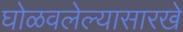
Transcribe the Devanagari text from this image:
घोळवलेल्यासारखे